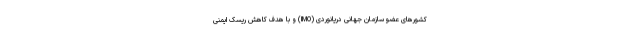
کشورهای عضو سازمان جهانی دریانوردی (IMO) و با هدف کاهش ریسک ایمنی